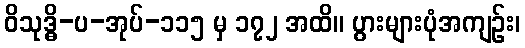
ဝိသုဒ္ဓိ-ပ-အုပ်-၁၁၅ မှ ၁၇၂ အထိ။ ပွားများပုံအကျဉ်း၊